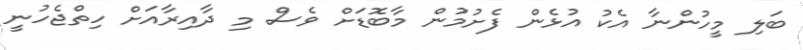
ބަލި މީހުންނާ އެކު އުޅެން ފެށުމުން މާބޮޑަށް ވެސް މި ދާއިރާއަށް ހިތްޖެހުނީ